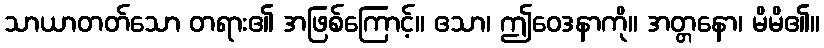
သာယာတတ်သော တရား၏ အဖြစ်ကြောင့်။ ဧသာ၊ ဤဝေဒနာကို။ အတ္တနော၊ မိမိ၏။